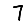
Digit: 7